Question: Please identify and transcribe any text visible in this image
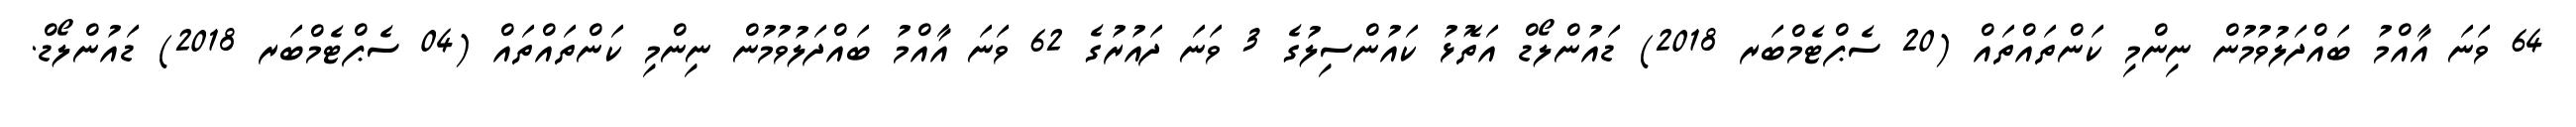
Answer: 64 ވަނަ އާއްމު ބައްދަލުވުމުން ނިންމި ކަންތައްތައް (20 ސެޕްޓެމްބަރ 2018) ޑައުންލޯޑް އަތޮޅު ކައުންސިލުގެ 3 ވަނަ ދައުރުގެ 62 ވަނަ އާއްމު ބައްދަލުވުމުން ނިންމި ކަންތައްތައް (04 ސެޕްޓެމްބަރ 2018) ޑައުންލޯޑް.